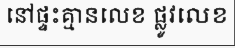
នៅផ្ទះគ្មានលេខ ផ្លូវលេខ